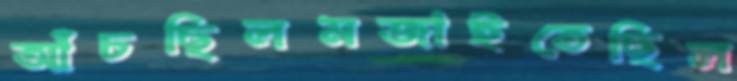
আঁচছিলমজাইতেছিল